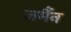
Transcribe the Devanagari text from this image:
जर्मैन